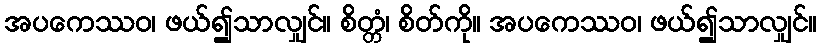
အပကေဿဝ၊ ဖယ်၍သာလျှင်။ စိတ္တံ၊ စိတ်ကို။ အပကေဿဝ၊ ဖယ်၍သာလျှင်။